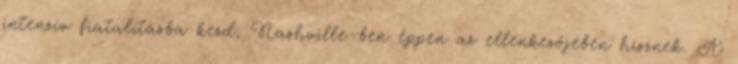
intenzív fiatalításba kezd, Nashville-ben éppen az ellenkezőjében hisznek. A